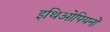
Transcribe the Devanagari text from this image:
इथिओपियनों